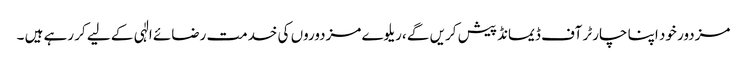
مزدور خود اپنا چارٹر آف ڈیمانڈ پیش کریں گے ،ریلوے مزدوروں کی خدمت رضائے الٰہی کے لیے کر رہے ہیں ۔